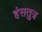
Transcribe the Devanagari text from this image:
हंसतुत्र